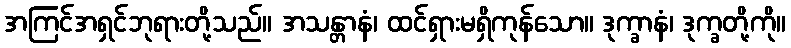
အကြင်အရှင်ဘုရားတို့သည်။ အသန္တာနံ၊ ထင်ရှားမရှိကုန်သော။ ဒုက္ခာနံ၊ ဒုက္ခတို့ကို။